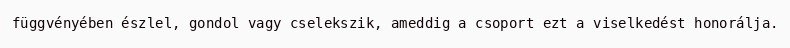
függvényében észlel, gondol vagy cselekszik, ameddig a csoport ezt a viselkedést honorálja.